Report on vaccination in Madras 1904-1921 - 1904-1921
Year: 1904
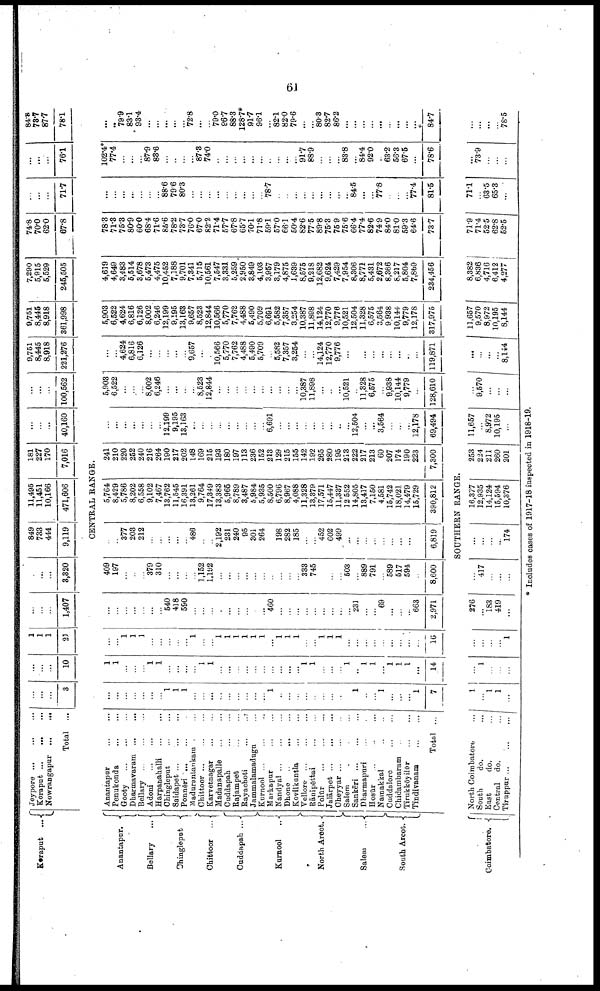
61
Koraput ...
Anantapur.
Bellary
...
Chingleput
Chittoor ...
Cuddapah ...
Kurnool
..
North Arcot.
Salem
...
South Arcot.
Coimbatore.
Jeypore ... ... ...
Koraput ... ... ...
Nowrangapur
...
...
Total ...
...
...
...
3
...
...
...
10
1
1
1
21
...
...
...
1,407
...
...
...
3,320
849
733
444
9,119
11,495
11,451
10,166
471,606
181
227
170
7,016
...
...
...
40,160
...
...
100,562
9,751
8,445
8,918
221,276
9,751
8,445
8,918
361,998
7,290
5,915
5,529
245,505
74.8
70.0
62.0
67.8
...
...
...
71.7
...
...
...
76.1
84.8
78.7
87.7
78.1
CENTRAL RANGE.
Anantapur
...
...
Penukonda
...
...
Gooty
...
...
...
Dharmavaram
...
...
Bellary
...
...
...
Adoni ... ... ...
Harpanahalli
...
...
Chingleput ... ...
Saidapet
...
...
...
Ponnēri ... ... ...
Madurantankam ... ...
Chittoor
...
...
...
Karvetnagar
...
...
Madanapalle
...
...
Cuddapah
...
...
Rajampet ... ...
Rayachoti
...
...
Jammalamadugu ... ...
Kurnool ... ... ...
Markapur
...
...
Nandyal
...
...
...
Dhone
...
...
...
Kovilkuntla
...
...
Vellore
...
...
...
Rānipēttai
...
...
Polūr
...
...
...
Jalārpet ... ... ...
Cheyyar
...
...
...
Salem ... ... ...
Sankēri
...
...
...
Dharmapuri
...
...
Hosūr ... ... ...
Namakkal ... ...
Cuddalore
...
...
Chidambaram ... ...
Tirukkōyilūr ... ...
Tindivanam
...
...
Total ...
North Coimbatore
...
South
do.
...
East
do.
...
Central do.
...
Tiruppur
...
...
...
...
...
...
...
...
...
...
1
1
1
...
...
...
...
...
...
...
...
...
1
...
...
...
...
...
...
...
...
...
1
...
...
1
...
...
...
1
7
1
1
...
...
...
1
1
...
...
...
...
1
1
...
...
...
...
...
...
...
...
...
...
1
1
...
...
...
1
...
1
1
...
1
1
1
...
14
...
...
1
1
1
...
...
...
...
...
1
...
...
1
1
1
1
1
1
...
1
1
1
...
...
1
1
1
...
...
...
...
...
...
...
...
...
16
...
...
...
...
...
...
...
540
418
590
...
...
...
...
...
...
...
...
...
460
...
...
...
...
...
...
...
...
...
231
...
...
69
...
...
...
663
2,971
409
197
...
...
...
379
310
...
...
...
...
1,152
1,192
...
...
...
...
...
...
...
...
...
...
333
745
...
...
...
503
...
889
791
...
589
517
594
...
8,600
...
...
377
203
212
...
...
...
...
...
486
...
...
2,192
231
240
95
301
264
...
198
282
185
...
...
452
602
499
...
...
...
...
...
...
...
...
...
6,819
5,764
8,429
5,786
8,202
6,558
9,102
7,467
13,762
11,545
16,391
13,261
9,764
17,349
13,383
5,965
8,789
3,487
5,984
5,935
8,500
6,796
8,967
4,088
11,328
13,379
17,571
15,447
11,337
12,552
14,805
13,417
7,150
4,581
15,742
18,021
14,479
15,729
390,812
241
210
220
252
240
216
264
190
217
202
148
169
215
193
180
197
113
236
152
213
129
215
155
142
192
265
280
195
213
222
217
213
60
207
174
190
223
7,300
...
...
...
...
...
...
...
12,199
9,195
13,163
...
...
...
...
...
...
...
...
...
6,691
...
...
...
...
...
...
...
...
...
12,504
...
...
3,564
...
...
...
12,178
69,494
5,903
6,522
...
...
8,002
6,246
...
...
...
...
8,523
12,844
...
...
...
...
...
...
...
...
...
...
10,387
11,898
...
...
...
10,521
...
11,328
6,575
...
9,938
10,144
9,779
...
128,610
...
...
4,624
6,816
6,126
...
...
...
...
...
9,657
...
...
10,566
5,770
7,762
4,488
5,490
5,709
...
5,582
7,357
3,254
...
...
14,124
12,770
9,776
...
...
...
...
...
...
...
...
...
119,871
5,903
6,522
4,624
6,816
6,126
8,002
6,246
12,199
9,195
13,163
9,657
8,523
12,844
10,566
5,770
7,762
4,488
5,490
5,709
6,691
5,582
7,357
3,254
10,387
11,898
14,124
12,770
9,776
10,521
12,504
11,328
6,575
3,564
9,938
10,144
9,779
12,178
317,975
4,619
4,649
3,483
5,514
3,678
5,473
4,475
10,452
7,188
9,701
7,341
5,715
10,561
7,547
3,331
5,259
2,950
3,849
4,103
3,957
3,179
4,875
1,639
8,575
9,218
12,682
9,624
7,429
7,954
8,306
8,771
5,431
2,672
8,366
8,217
5,804
7,869
234,456
78.3
71.3
75.3
80.9
600
68.4
71.6
85.6
78.2
73.7
76.0
67.0
82.2
71.4
57.7
67.8
65.7
70.1
71.8
59.1
57.0
66.1
50.4
82.6
77.5
89.8
75.3
75.9
75.6
66.4
77.4
82.6
74.9
84.0
81.0
59.3
64.6
73.7
...
...
...
...
88.6
79.6
80.3
...
...
...
...
...
...
...
...
...
78.7
...
...
...
...
...
...
...
...
...
84.5
...
...
77.8
...
...
...
77.4
81.5
102.4*
77.4
...
...
87.9
83.6
...
...
...
...
87.3
74.0
...
...
...
...
...
...
...
...
...
...
91.7
88.9
...
...
...
83.8
...
84.4
92.0
...
63.2
56.3
67.5
...
78.6
...
...
79.9
83.1
93.4
...
...
...
...
...
72.8
...
...
79.0
86.7
88.3
128.7*
91.7
96.1
...
82.1
82.0
79.6
...
...
80.3
82.7
86.2
...
...
...
...
...
...
...
...
...
84.7
SOUTHERN RANGE.
1
...
1
1
...
...
1
...
...
...
...
...
...
...
1
276
...
183
419
...
...
417
...
...
...
...
...
...
...
174
16,377
12,935
14,124
15,594
10,376
253
224
211
260
201
11,657
...
8,972
10,195
...
...
9,570
...
...
...
...
...
...
...
8,144
11,657
9,570
8,972
10,195
8,144
8,382
6,836
4,716
6,412
4,277
71.9
71.4
52.5
62.8
52.5
71.1
...
63.5
65.3
...
...
73.9
...
...
...
...
...
...
...
78.5
* Includes cases of 1917-18 inspected in 1918-19.